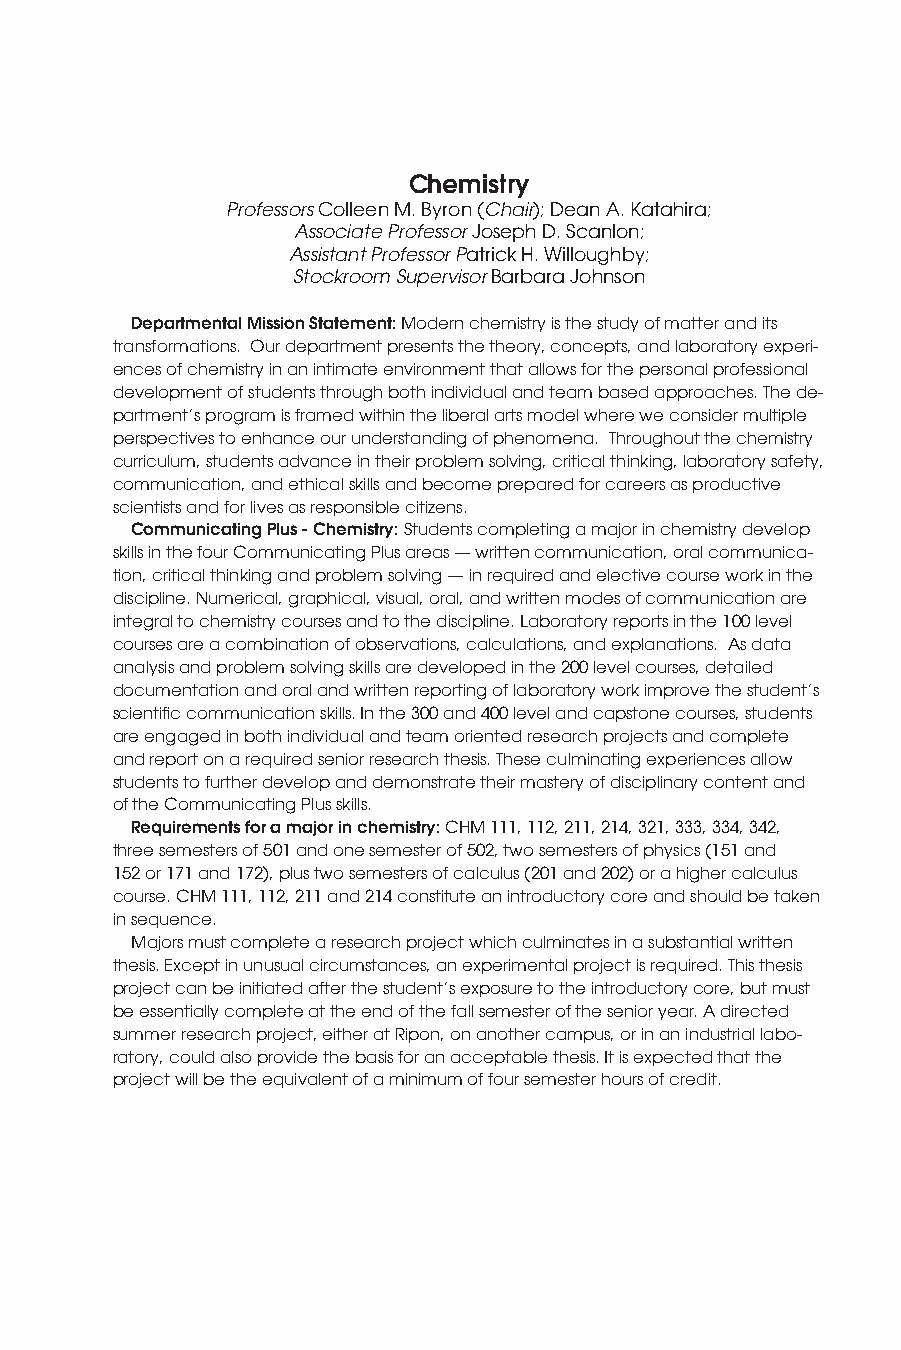
Chemistry
 Professors Colleen M. Byron (Chair); Dean A. Katahira;
 Associate Professor Joseph D. Scanlon;
 Assistant Professor Patrick H. Willoughby;
 Stockroom Supervisor Barbara Johnson
 Departmental Mission Statement: Modern chemistry is the study of matter and its
 transformations. Our department presents the theory, concepts, and laboratory experi-
 ences of chemistry in an intimate environment that allows for the personal professional
 development of students through both individual and team based approaches. The de-
 partment’s program is framed within the liberal arts model where we consider multiple
 perspectives to enhance our understanding of phenomena. Throughout the chemistry
 curriculum, students advance in their problem solving, critical thinking, laboratory safety,
 communication, and ethical skills and become prepared for careers as productive
 scientists and for lives as responsible citizens.
 Communicating Plus - Chemistry: Students completing a major in chemistry develop
 skills in the four Communicating Plus areas — written communication, oral communica-
 tion, critical thinking and problem solving — in required and elective course work in the
 discipline. Numerical, graphical, visual, oral, and written modes of communication are
 integral to chemistry courses and to the discipline. Laboratory reports in the 100 level
 courses are a combination of observations, calculations, and explanations. As data
 analysis and problem solving skills are developed in the 200 level courses, detailed
 documentation and oral and written reporting of laboratory work improve the student’s
 scientific communication skills. In the 300 and 400 level and capstone courses, students
 are engaged in both individual and team oriented research projects and complete
 and report on a required senior research thesis. These culminating experiences allow
 students to further develop and demonstrate their mastery of disciplinary content and
 of the Communicating Plus skills.
 Requirements for a major in chemistry: CHM 111, 112, 211, 214, 321, 333, 334, 342,
 three semesters of 501 and one semester of 502, two semesters of physics (151 and
 152 or 171 and 172), plus two semesters of calculus (201 and 202) or a higher calculus
 course. CHM 111, 112, 211 and 214 constitute an introductory core and should be taken
 in sequence.
 Majors must complete a research project which culminates in a substantial written
 thesis. Except in unusual circumstances, an experimental project is required. This thesis
 project can be initiated after the student’s exposure to the introductory core, but must
 be essentially complete at the end of the fall semester of the senior year. A directed
 summer research project, either at Ripon, on another campus, or in an industrial labo-
 ratory, could also provide the basis for an acceptable thesis. It is expected that the
 project will be the equivalent of a minimum of four semester hours of credit.